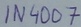
Text: 1N4007